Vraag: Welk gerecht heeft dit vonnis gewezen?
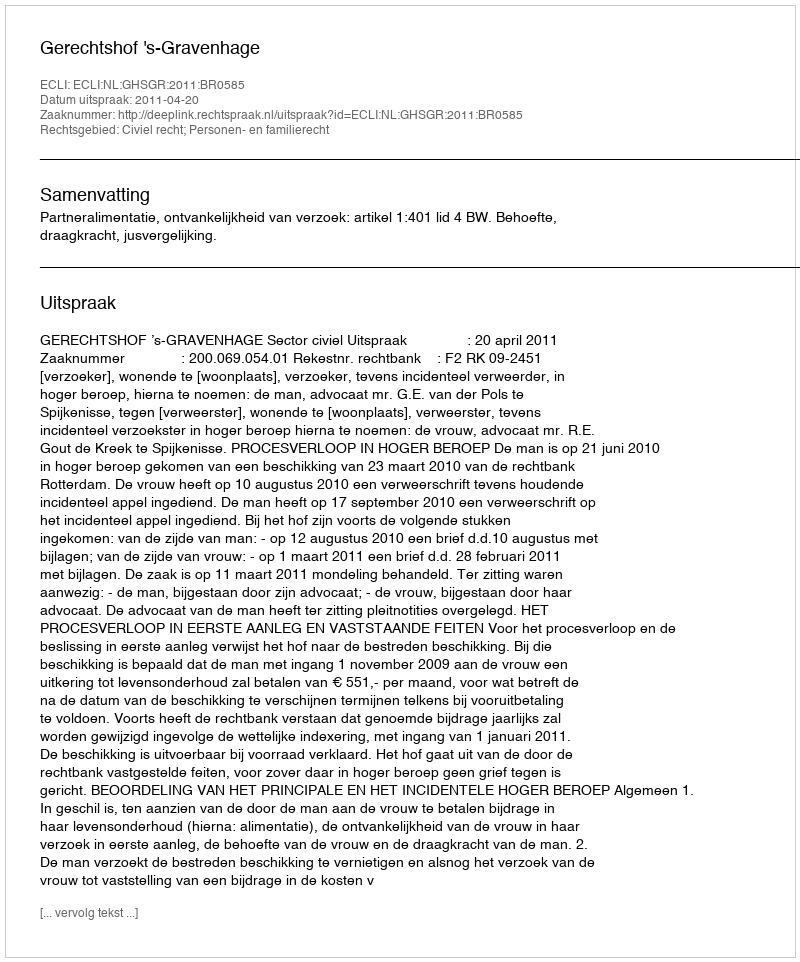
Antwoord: Gerechtshof 's-Gravenhage